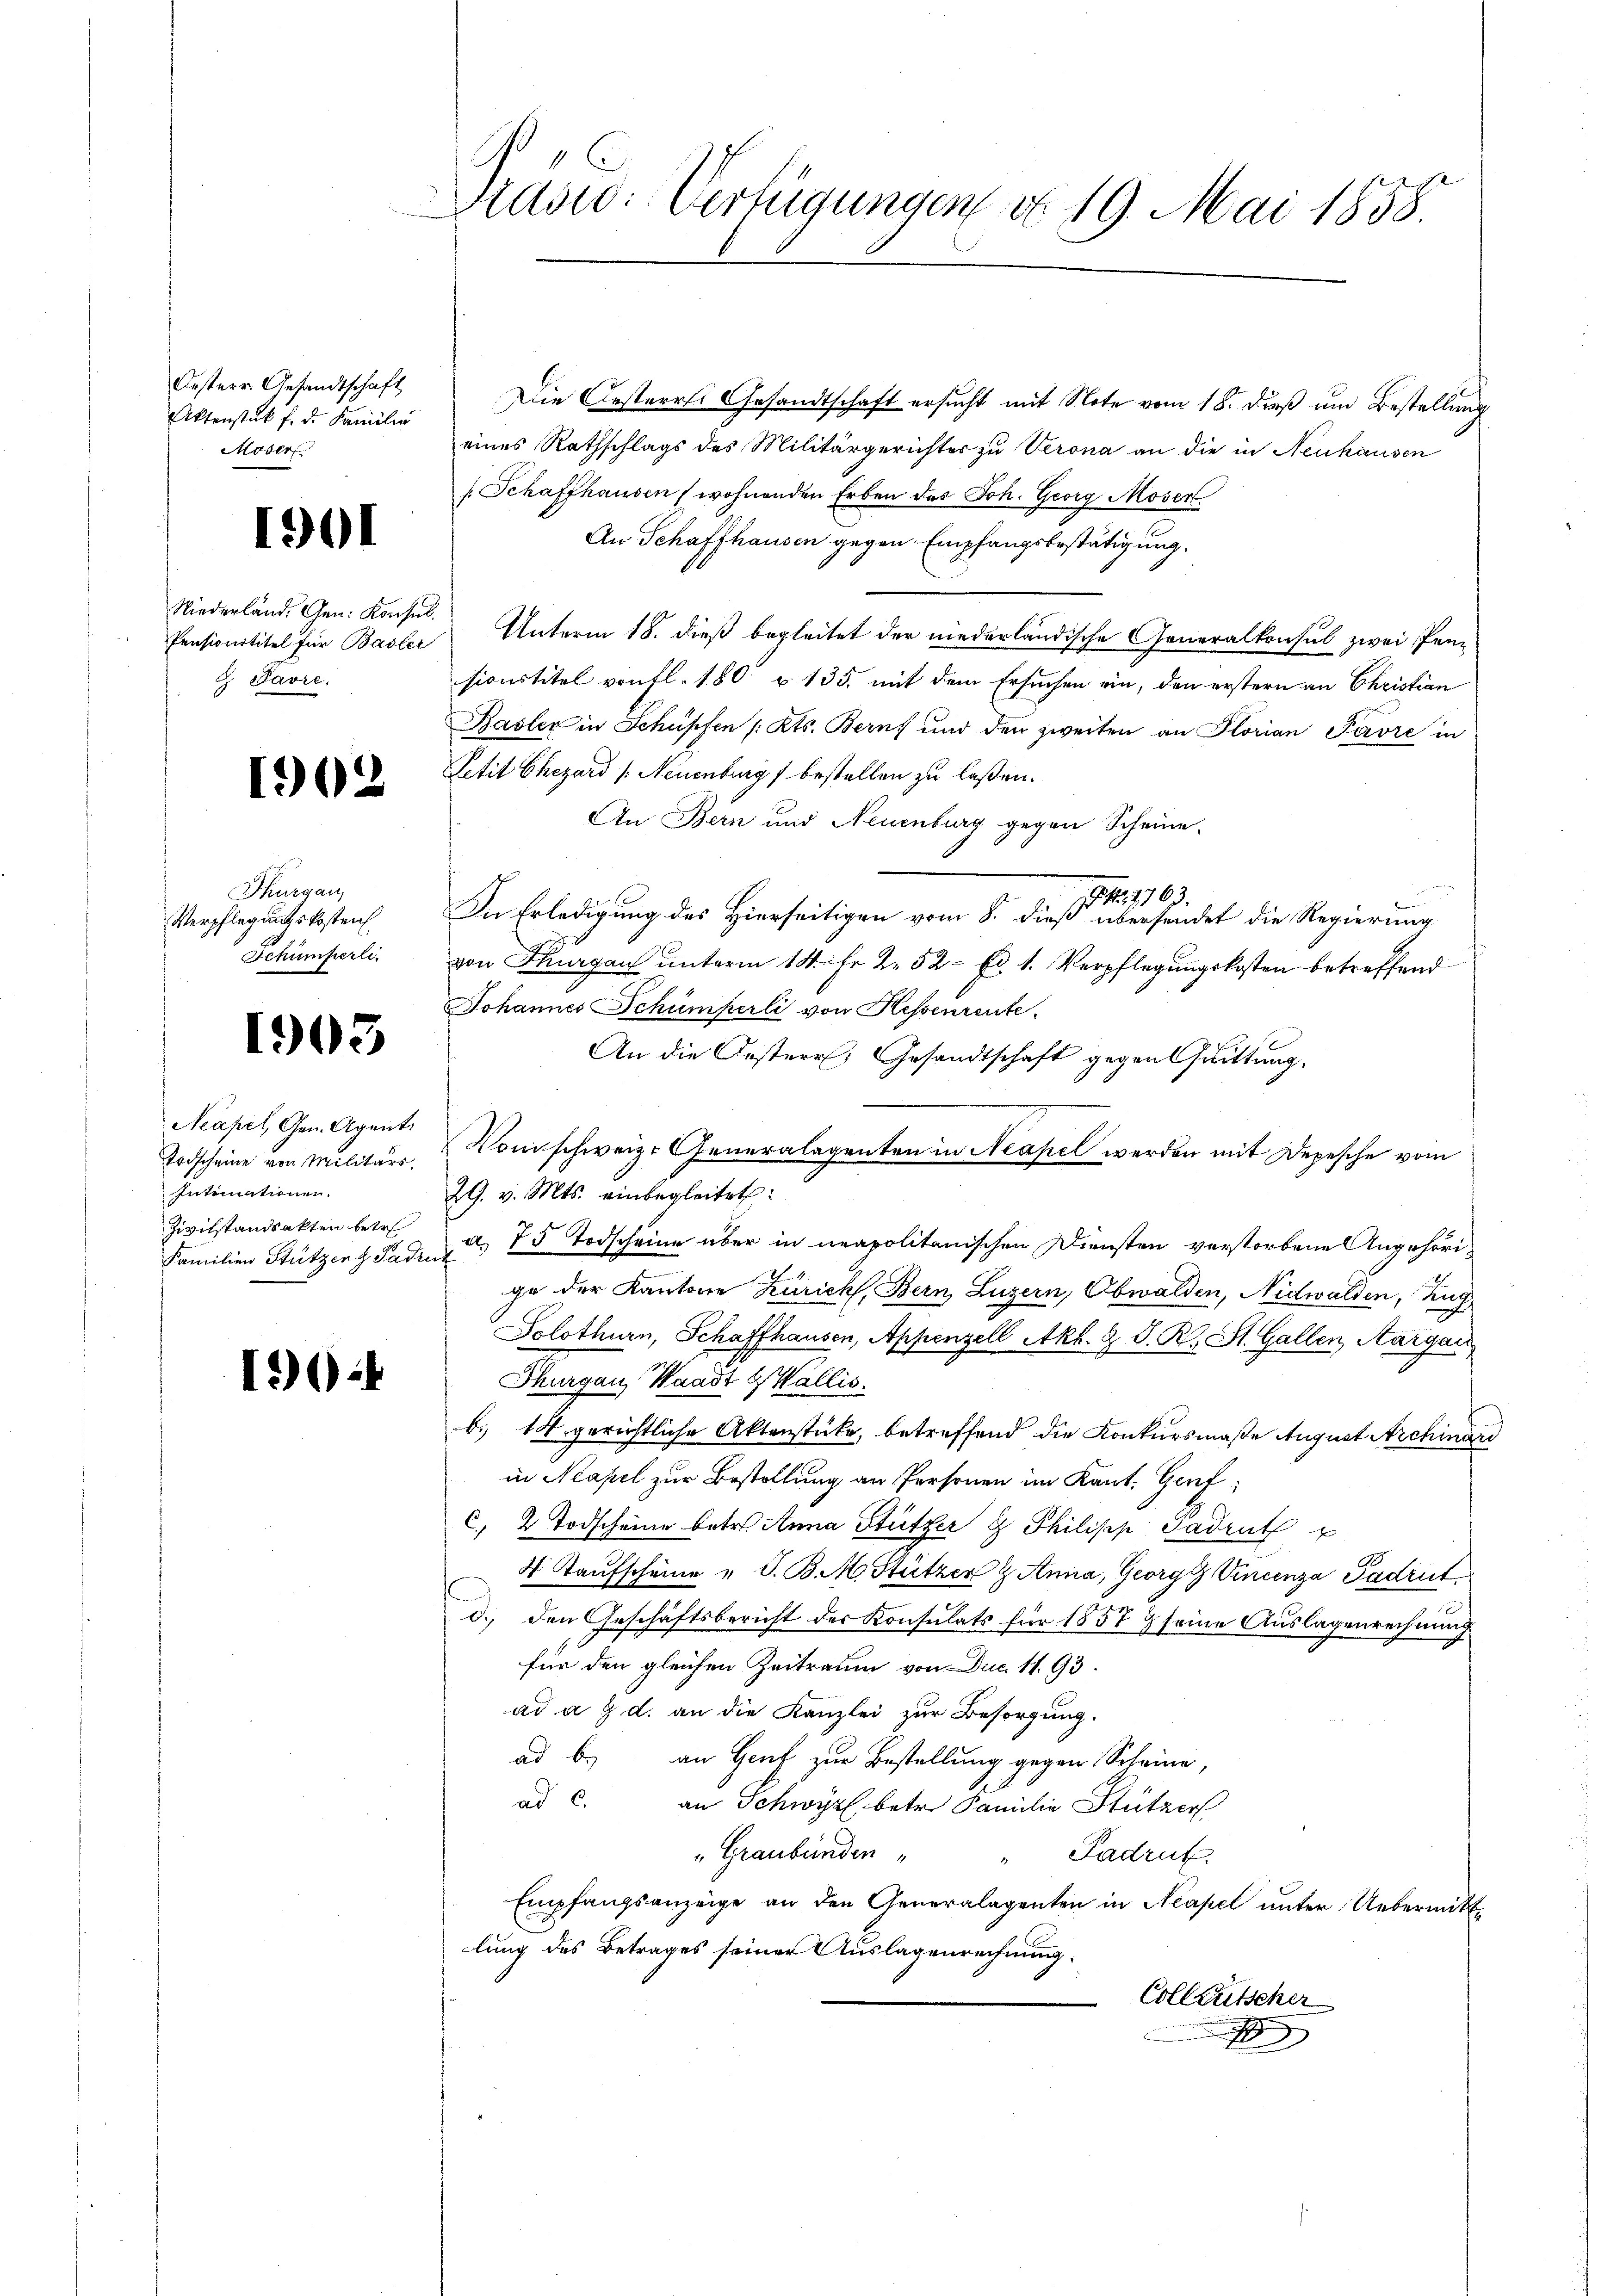
Oesterr Gesandtschaft
Aktenstük f. d. Familie
Moser

1901

Niederland. Gen. Konsul
Pensionstitel für Basler
G. Savre.

90

Thurgau
Verpflegungskosten
Schümferli

1903

Neapel, Gen. Agent
Todscheine von Militärs,
Intimationen.
Zivilstandsakten betr
Familien Stützen & Paden

1924

.
Brasio: Verfügungen v. 19. Mai 1858

Die Oesterrei Gesandtschaft ersucht mit Note vom 18. dieß um Bestellung
eines Rathschlags des Militärgerichter zu Verona an die in Neuhausen
[Schaffhausen / wohnenden Erben des Joh. Georg Moser
An Schaffhausen gegen Empfangsbestätigung.
Unterm 18. dieß begleitet der niederländische Generalkonsul zwei Pensionstitel von fl. 180 u. 135. mit dem Ersuchen ein, den erstern an Christian
Basler in Schüpfen /: Kts. Berns und den zweiten an Florian Pavre in
Petit Chezárd /: Neuenburg 1 bestellen zu laßen.
An Bern und Neuenburg gegen Scheine
 Nr. 1763.
In Erledigung des Hierseitigen vom 8. dieß übersendet die Regierung
von Thurgau unterm 14. Fr. 2. 52. Ed. 1. Verpflegungskosten betreffend
Johannes Schümperli von Hessenrente
An die Oesterr. Gesandtschaft gegen Quittung.
Vom schweiz. Generalagenten in Neapel werden mit Depesche vom
29. v. Mts. einbegleitet:
a. 75 Todscheine über in neapolitanischen Diensten verstorbene Angehörige der Kantone Zürich, Bern Luzern, Obwalden, Nidwalden, Zug
Solothurn, Schaffhausen, Appenzell Akh. & J. R. St. Gallen, Aargau
Thurgau, Waadt & Wallis.
b. 14 gerichtliche Aktenstücke, betreffend die Konkursmaße August Archinard
in Neapel zur Bestellung an Personen im Kant. Genf,
2 Todscheine betr. Anna Stützer 9 Philipp Sadrut
6)
4 Kaufscheine u. S. B. M. Stützer & Anna, Georg Vincenza Padrut
d. den Geschäftsbericht der Konsulats für 1857 & seine Auslagenrechnung
für den gleichen Zeitraum von Duc. 11. 93.
ad a 2 d. an die Kanzlei zur Besorgung.
ad b.) an Genf zur Bestellung gegen Scheine,
ad c. an Schwyz, betr. Familie Stützer
" Graubünden " " Padrut
Empfangsanzeige an den Generalagenten in Neapel unter Uebermittlung des Betrages seiner Auslagenrechnung:
Colleutscher
x